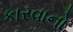
કારવાનો